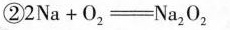
②$$2Na+O_{2}=Na_{2}0_{2}$$